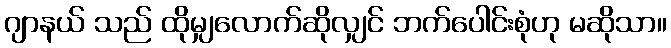
ဂျာနယ် သည် ထိုမျှလောက်ဆိုလျှင် ဘက်ပေါင်းစုံဟု မဆိုသာ။